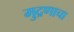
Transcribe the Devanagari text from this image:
मुद्रणाचा